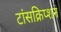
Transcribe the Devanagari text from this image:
टांसक्रिप्शन